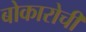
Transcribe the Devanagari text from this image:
बोकारोची